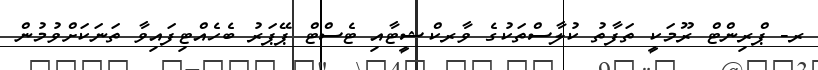
ރ- ޕްރިންޓް ރޫމަކީ ތަފާތު ކުލާސްތަކުގެ ވާރކްޝީޓާއި ޓެސްޓް ޕޭޕަރު ބެހެއްޓިފައިވާ ތަނަކަށްވުމުން